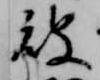
被